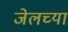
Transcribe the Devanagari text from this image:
जेलच्या